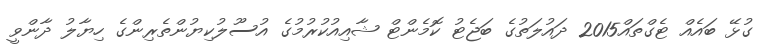
ގުޅޭ ބައެއް ޓެގްތައް2015 ދައުލަތުގެ ބަޖެޓު ކޮމެންޓް ޝާއިއުކުރުމުގެ އުސޫލުކިޔުންތެރިންގެ ހިޔާލު ދާންވީ